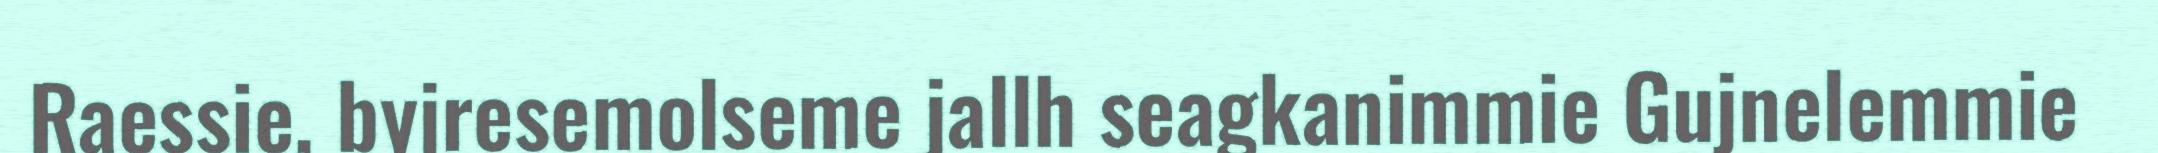
Raessie, byjresemolseme jallh seagkanimmie Gujnelemmie